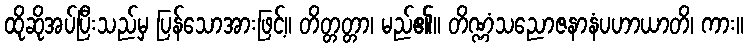
ထိုဆိုအပ်ပြီးသည်မှ ပြန်သောအားဖြင့်။ တိတ္တတ္တာ၊ မည်၏။ တိဏ္ဏံသညောဇနာနံပဟာယာတိ၊ ကား။